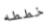
خططه